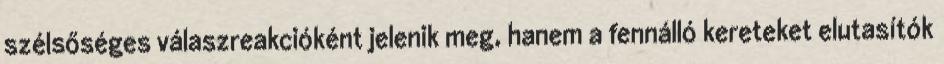
szélsőséges válaszreakcióként jelenik meg, hanem a fennálló kereteket elutasítók